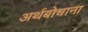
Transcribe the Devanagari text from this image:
अर्थबोधाना